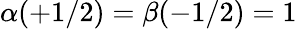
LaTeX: \alpha(+1/2)=\beta(-1/2)=1